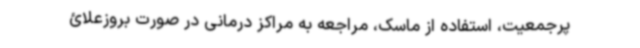
پرجمعیت، استفاده از ماسک، مراجعه به مراکز درمانی در صورت بروزعلائ